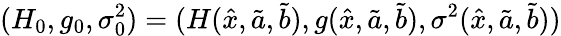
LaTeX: (H_{0},g_{0},\sigma_{0}^{2})=(H(\hat{x},\tilde{a},\tilde{b}),g(\hat{x},\tilde{a},\tilde{b}),\sigma^{2}(\hat{x},\tilde{a},\tilde{b}))